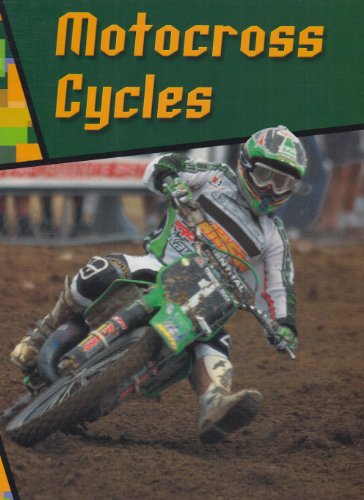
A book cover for Motocross Cycles (Wild Rides!); A. R. Schaefer; Children's Books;